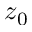
z _ { 0 }